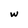
Character: w